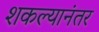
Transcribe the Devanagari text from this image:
शकल्यानंतर